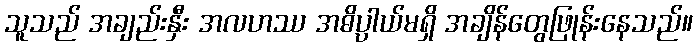
သူသည် အချည်းနှီး အလဟဿ အဓိပ္ပါယ်မရှိ အချိန်တွေဖြုန်းနေသည်။